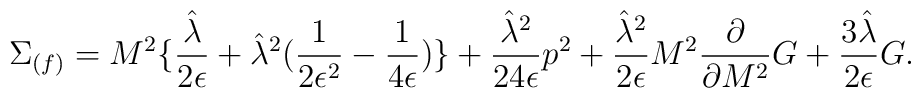
\Sigma_{(f)} = M^2 \{ {{\hat{\lambda}}\over 2\epsilon} + {\hat{\lambda}}^2 ({1\over 2\epsilon^2} - {1\over 4\epsilon}) \} + {{\hat{\lambda}}^2\over 24\epsilon}p^2              + {{\hat{\lambda}}^2\over 2\epsilon} M^2{\partial\over \partial{M^2}}G + {3\hat{\lambda}\over 2\epsilon}G.